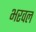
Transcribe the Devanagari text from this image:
भरवल